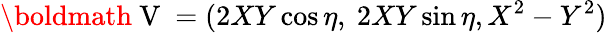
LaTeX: {\mathrm{\boldmath~V~}}=(2XY\cos\eta,\ 2XY\sin\eta,X^{2}-Y^{2})